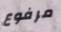
مرفوع